Vabadussoja_Ajaloo_Komitee, lk 31
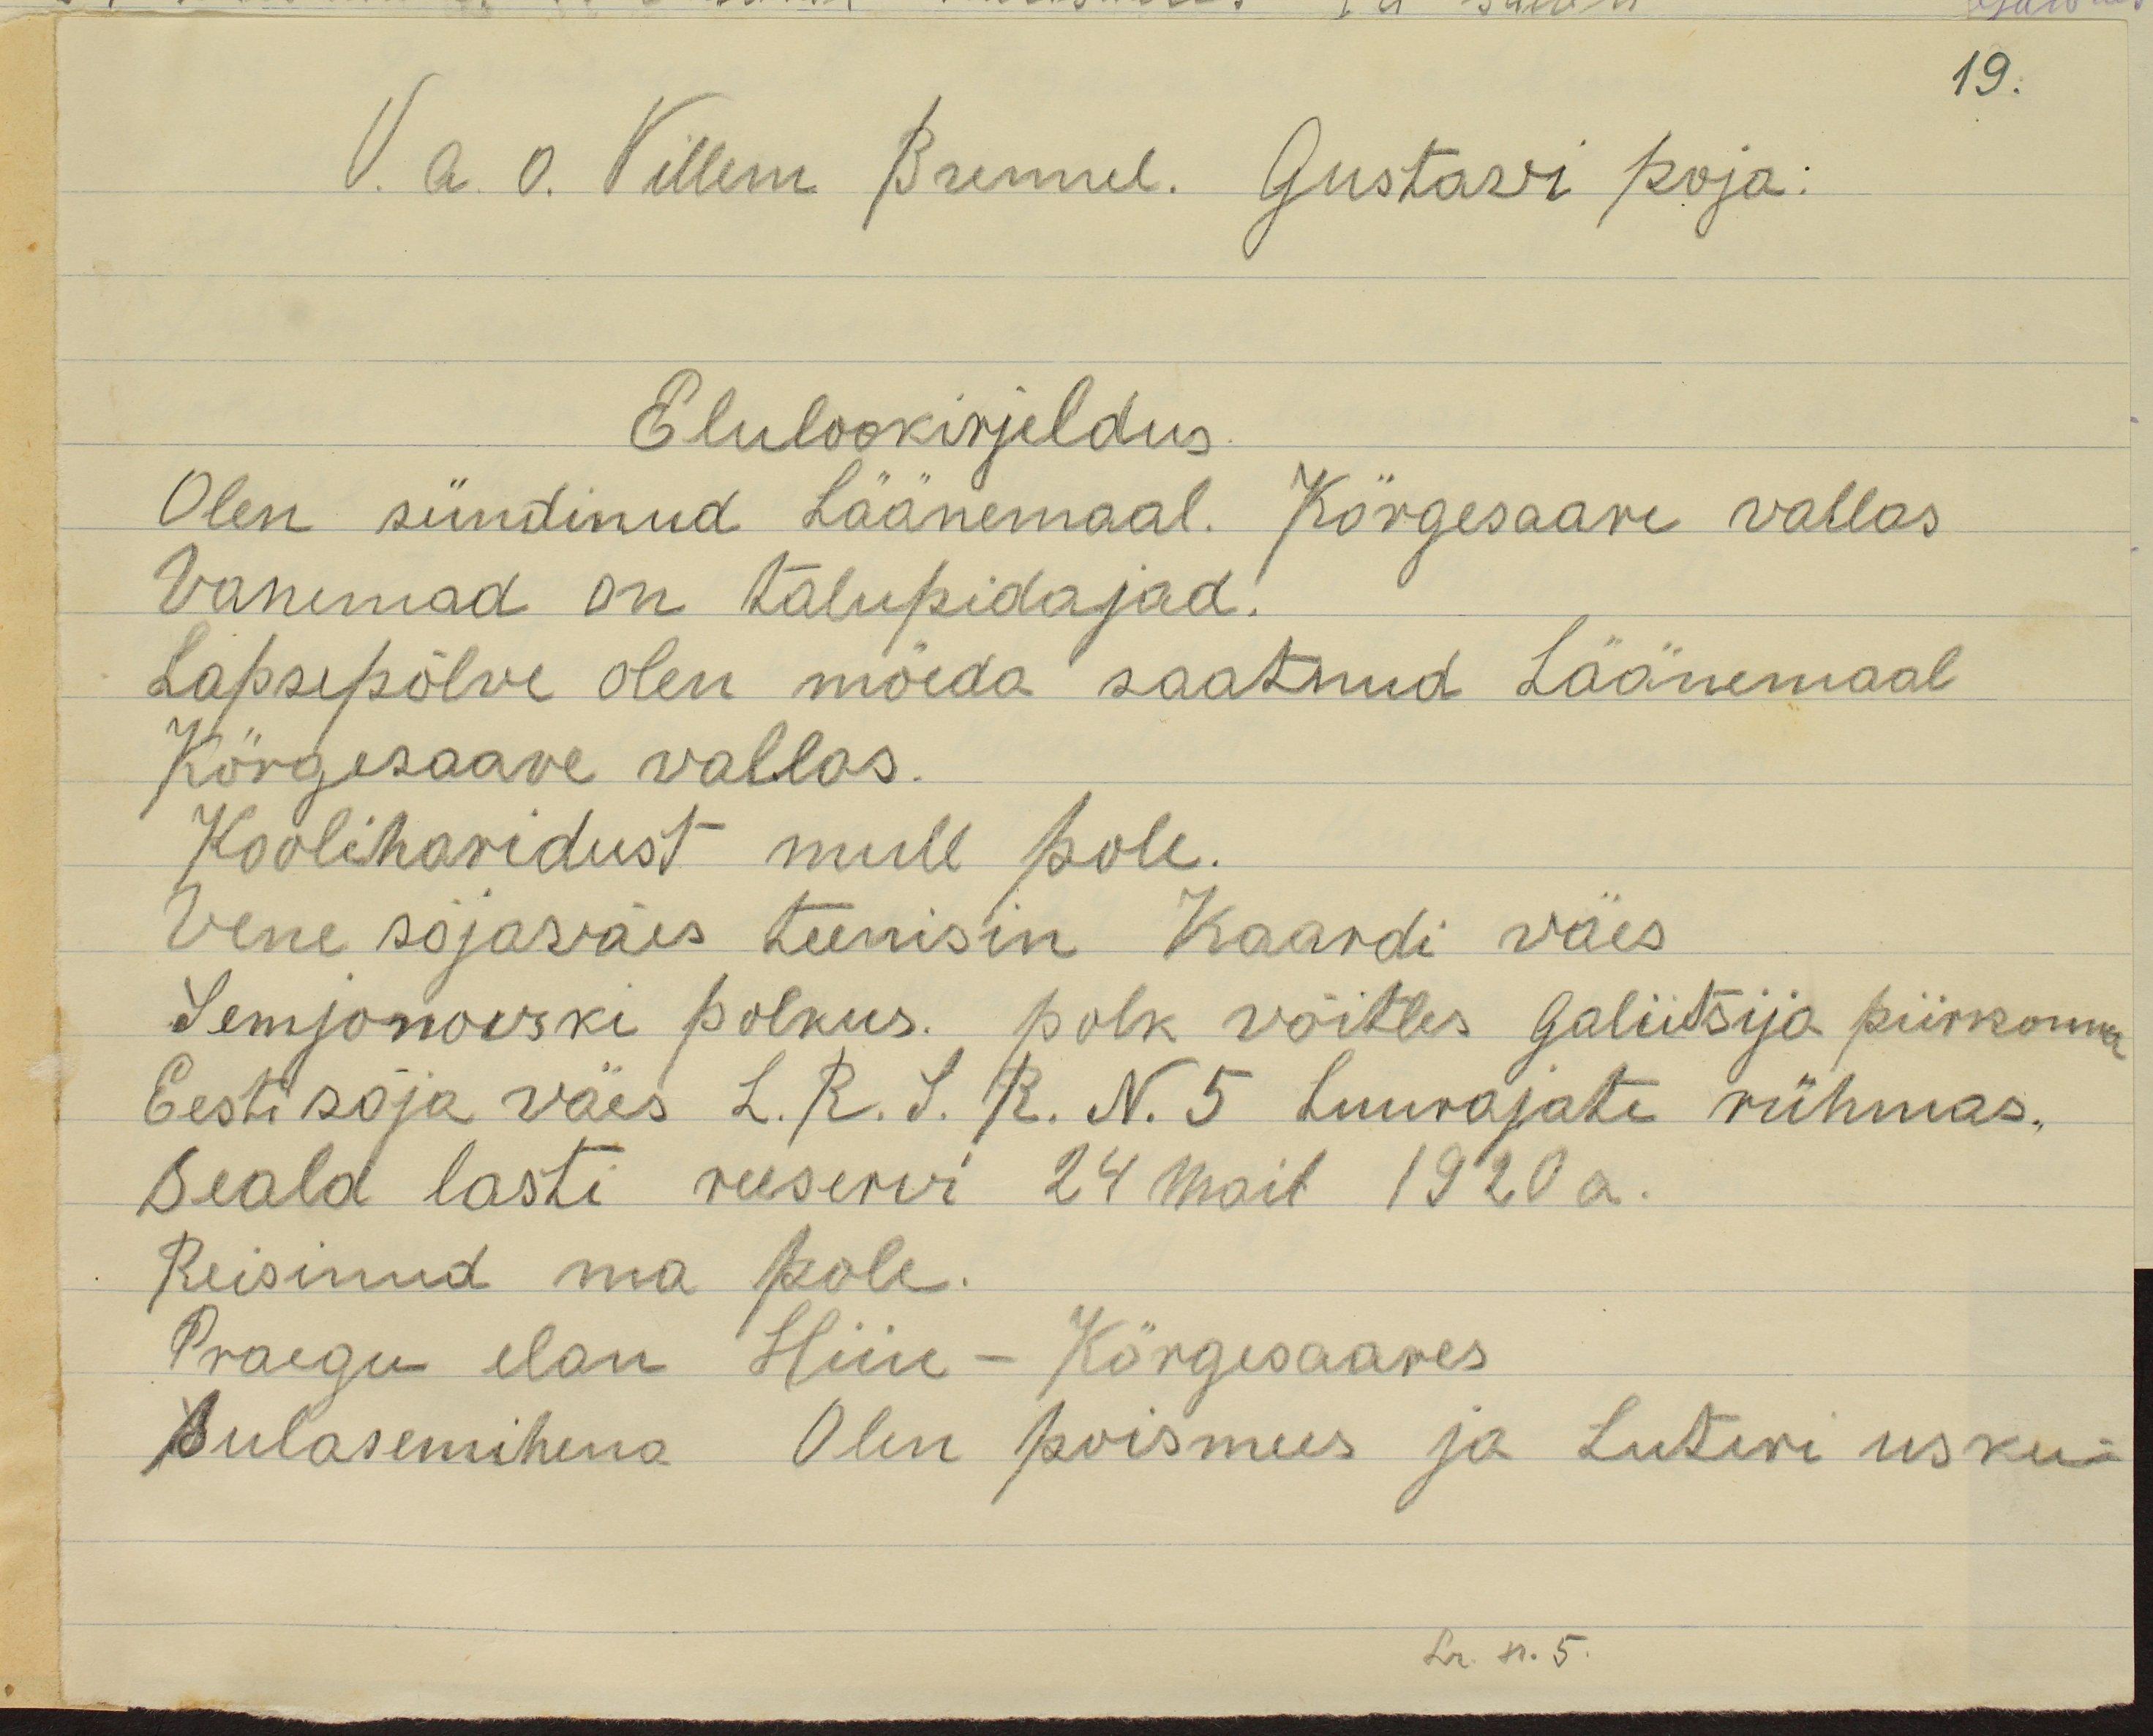
19
V. a. o. Villem Brennel. Gustavi poja:
Elulookirjeldus
Olen sündinud Läänemaal Kõrgessaare vallas
Vanemad on talupidajad.
Lapsepõlve olen möeda saatnud Läänemaal
Körgessaare vallas.
Kooliharidust mull pole.
Vene sõjaväes teenisin Kaardi väes
Semjonovski polkus. polk võitles Galiitsija piirkonnas
Eesti sõjaväe L.R.S.R.N.5 Luurajate rühmas.
Seald lasti reservi 24 Mail 1920 a.
Reisinud ma pole.
Praegu elan Hiiu-Körgesaares
sulasemehena. Olen poismees ja Luteri usku.
Lr n. 5.